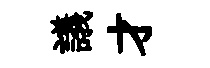
議才